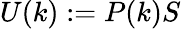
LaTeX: U(k):=P(k)S